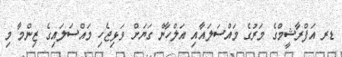
ޑރ އަފްރާޝީމްގެ މަރުގެ މައްސަލައާއި އަލްހާން ގަޔަށް ވަޅިޖެހި މައްސަލައިގެ ޒިންމާ މި